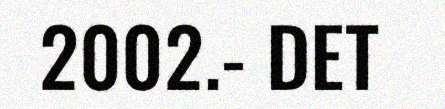
2002.- DET